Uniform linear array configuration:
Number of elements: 32
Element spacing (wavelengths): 0.25
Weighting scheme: hamming
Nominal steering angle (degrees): -60
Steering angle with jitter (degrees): -61.283
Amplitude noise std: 0.05
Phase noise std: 0.05

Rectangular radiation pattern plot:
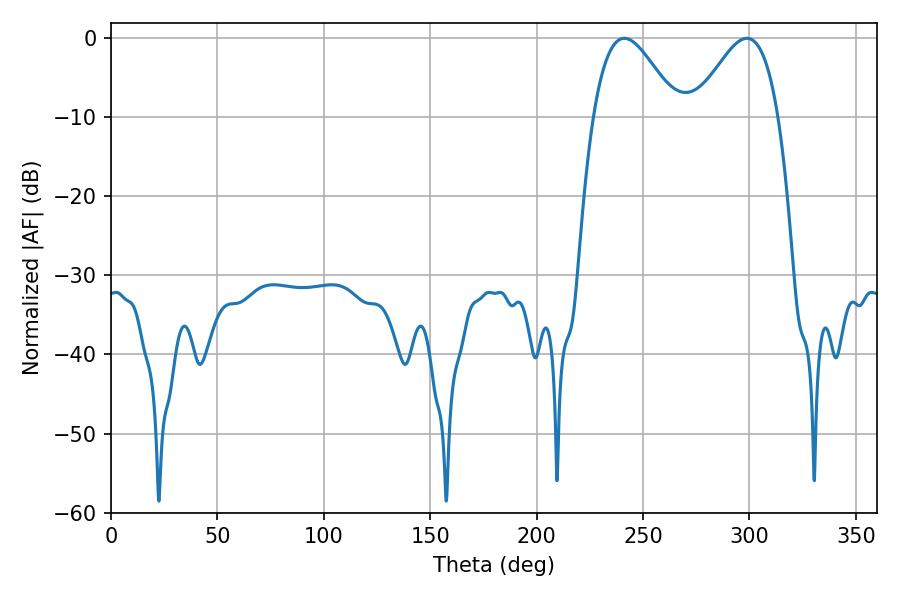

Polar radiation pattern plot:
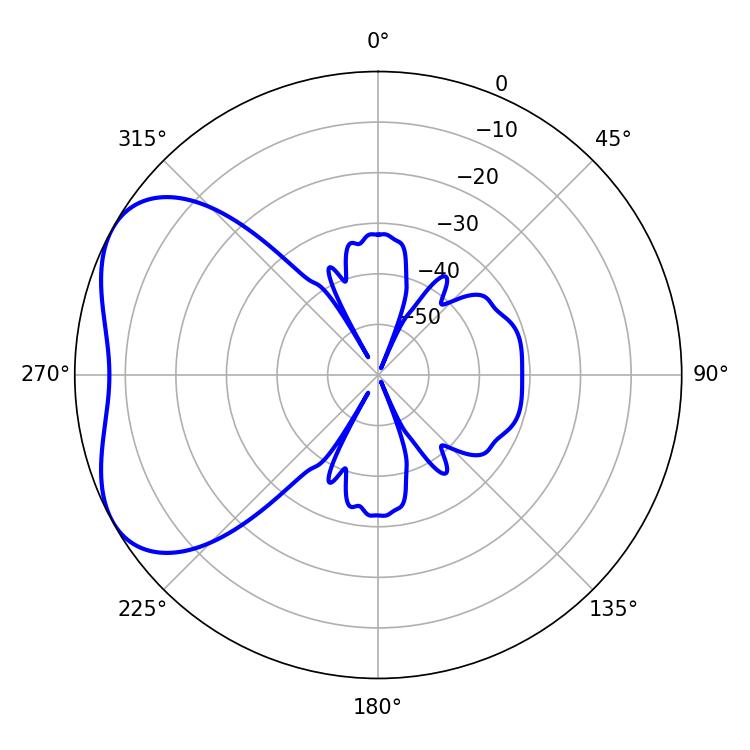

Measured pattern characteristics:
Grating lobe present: FALSE
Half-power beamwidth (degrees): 21.06
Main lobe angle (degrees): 241.2